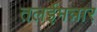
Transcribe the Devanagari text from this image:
तलईमन्नार